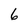
Character: 6